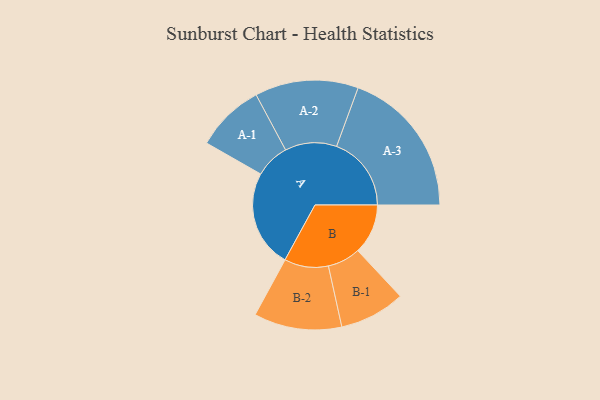
{"axis": {"x": "Segment", "y": "Value"}, "legend": ["", "A", "B"], "data": [{"x": "A", "y": 377, "type": ""}, {"x": "B", "y": 194, "type": ""}, {"x": "A-1", "y": 133, "type": "A"}, {"x": "A-2", "y": 200, "type": "A"}, {"x": "A-3", "y": 289, "type": "A"}, {"x": "B-1", "y": 127, "type": "B"}, {"x": "B-2", "y": 170, "type": "B"}]}